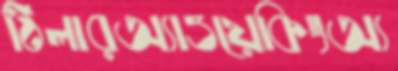
ঠিলারঅ্যাওয়েকিংঅ্য